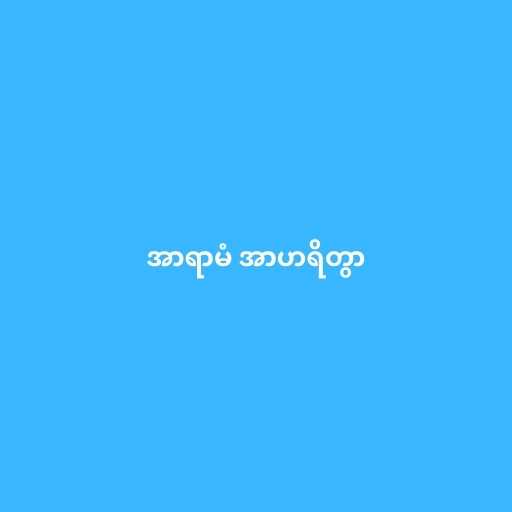
အာရာမံ အာဟရိတွာ